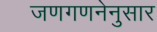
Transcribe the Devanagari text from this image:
जणगणनेनुसार